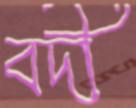
বদী